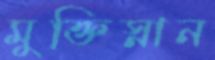
মুক্তিস্নান